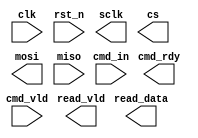
module SPI #(
    parameter CMD_WIDTH = 12,
    parameter READ_WIDTH = 8
) (
    input clk,
    input rst_n,
    input [CMD_WIDTH-1:0] cmd_in,
    output cmd_rdy,
    input cmd_vld,
    output sclk,
    output cs,
    output mosi,
    input miso,
    output read_vld,
    output [READ_WIDTH-1:0] read_data
);
    
endmodule